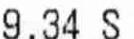
9.34 S